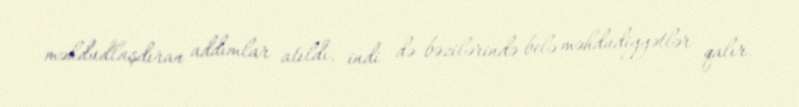
məhdudlaşdıran addımlar atıldı, indi də bəzilərində belə məhdudiyyətlər qalır.